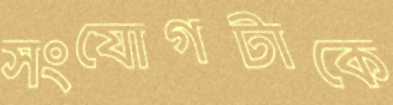
সংযোগটাকে